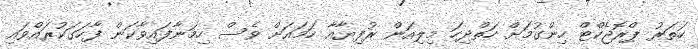
ހަތަރު ޕްރޮޖެކްޓް ހިންގުމަށް ހަތްދިހަ މިލިއަން ރުފިޔާއާ ހަމައަށް ވެސް ހިމަނާފައިވާކަން ފާހަގަކުރައްވައި